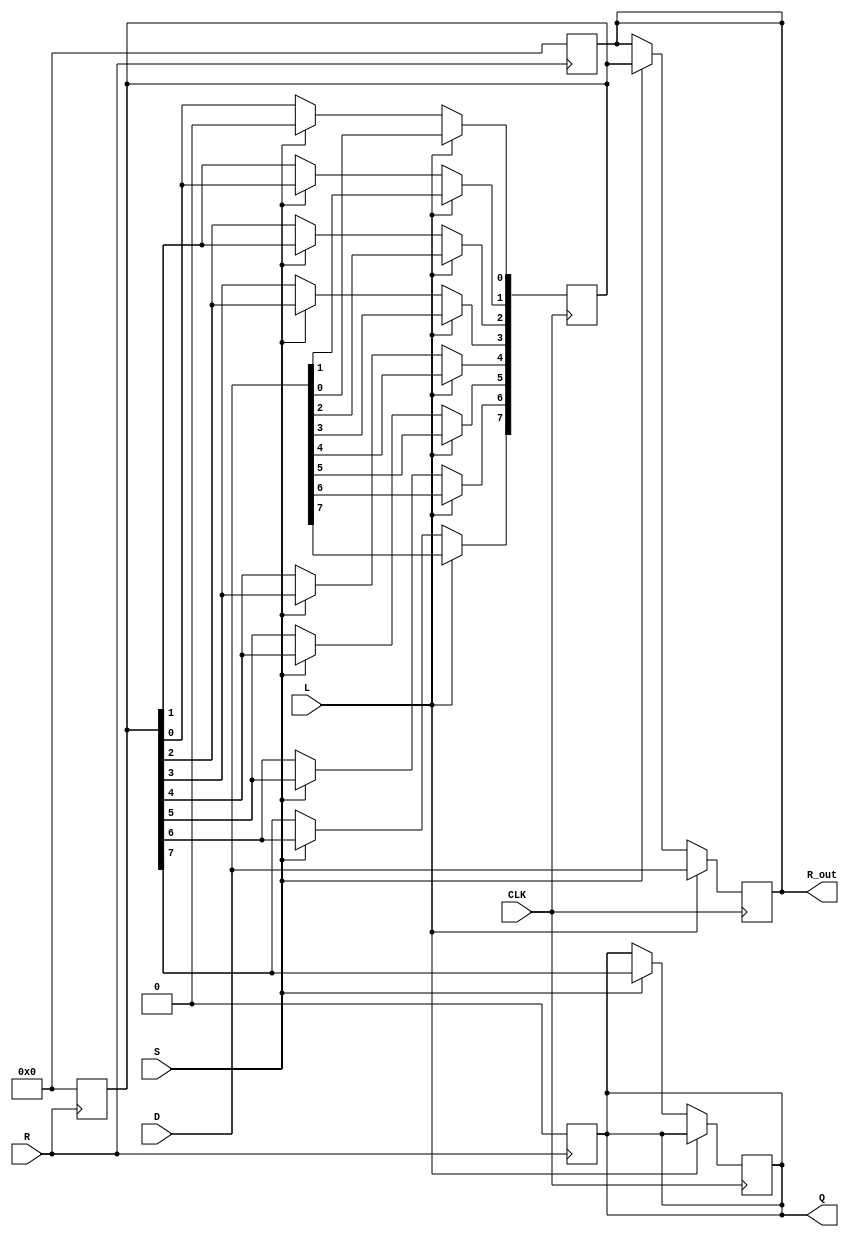
module PISO_Register #(
    parameter WIDTH = 8  // Parameter to define the width of the register
)(
    input wire [WIDTH-1:0] D,   // Data input bus
    input wire L,                // Load control signal
    input wire S,                // Shift control signal
    input wire CLK,              // Clock signal
    input wire R,                // Asynchronous reset signal
    output reg Q,                // Serial output
    output reg [WIDTH-1:0] R_out // Full register output
);

    reg [WIDTH-1:0] register;    // Internal storage for the register
    integer i;                   // Loop variable for shifting

    // Asynchronous reset
    always @(posedge R) begin
        register <= {WIDTH{1'b0}}; // Clear the register
        R_out <= {WIDTH{1'b0}};     // Clear the output
        Q <= 1'b0;                  // Clear the serial output
    end

    // Main operation block
    always @(posedge CLK) begin
        if (L) begin
            // Load data into the register
            register <= D;
            R_out <= D; // Update full register output
        end else if (S) begin
            // Shift operation
            Q <= register[WIDTH-1]; // Shift out the MSB (most significant bit)
            // Shift the register to the right
            for (i = WIDTH-1; i > 0; i = i - 1) begin
                register[i] <= register[i-1];
            end
            register[0] <= 1'b0; // Optional: Fill the LSB with 0 after shifting
            R_out <= register; // Update full register output
        end
    end

endmodule